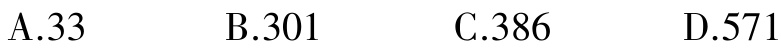
A.33  B.301  C.386  D.571